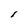
Character: l